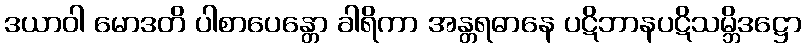
ဒယာဝါ မောဒတိ ပါစာပေန္တော ခါရိကာ အန္တရဓာနေ ပဋိဘာနပဋိသမ္ဘိဒဋ္ဌော